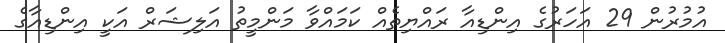
އުމުރުން 29 އަހަރުގެ އިންޑިއާ ރައްޔިތެއް ކަމައްވާ މަންމީތު އަލިޝަރް އަކީ އިންޑިއާގެ